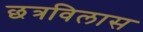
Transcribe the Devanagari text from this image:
छत्रविलास